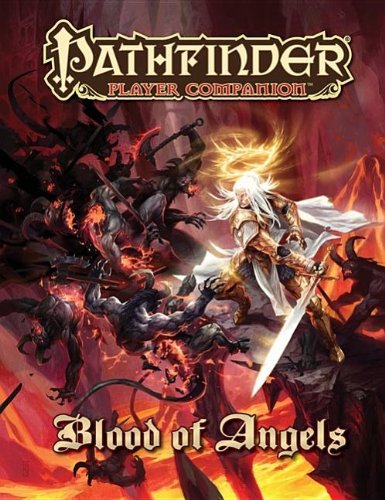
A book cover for Pathfinder Player Companion: Blood of Angels; Amber E. Scott; Christian Books & Bibles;